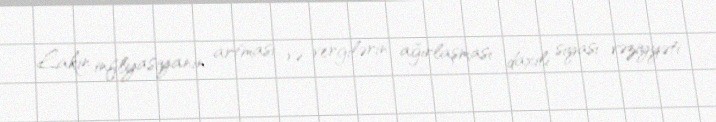
Lakin inflyasiyanın artması və vergilərin ağırlaşması daxili siyasi vəziyyəti